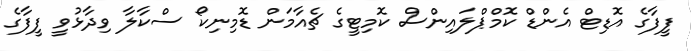
ފީފާގެ އޮޑިޓް އެންޑް ކޮމްޕްލައިންސް ކޮމިޓީގެ ޗެއާމަން ޑޮމިނިކޯ ސްކާލާ ވިދާޅުވީ ފީފާގެ